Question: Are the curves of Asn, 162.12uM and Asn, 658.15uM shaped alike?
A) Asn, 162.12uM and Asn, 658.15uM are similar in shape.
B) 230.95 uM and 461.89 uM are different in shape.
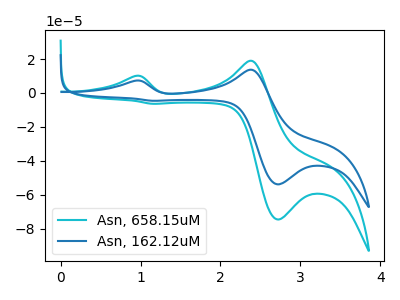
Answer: <think>The cyan curve "Asn, 658.15uM" has anodic peaks at (0.95V, 10.05uA) (2.35V, 18.95uA) and cathodic peaks at (2.70V, -74.55uA) (1.15V, -6.35uA). The blue curve "Asn, 162.12uM" has anodic peaks at (0.95V, 7.25uA) (2.35V, 13.70uA) and cathodic peaks at (2.70V, -53.85uA) (1.15V, -4.60uA).
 All the peaks in "Asn, 162.12uM" have a peak in "Asn, 658.15uM" at the same potential. Every peak in "Asn, 162.12uM" is lower than every peak in "Asn, 658.15uM".</think>
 <answer>A) "Asn, 162.12uM" and "Asn, 658.15uM" are similar in shape.</answer>
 <eval>A</eval>